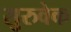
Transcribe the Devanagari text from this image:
सुरुवेक